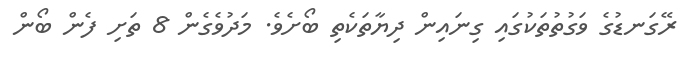
ރޭގަނޑުގެ ވަގުތުތަކުގައި ގިނައިން ދިޔާތަކެތި ބޯށެވެ. މަދުވެގެން 8 ތަށި ފެން ބޯން